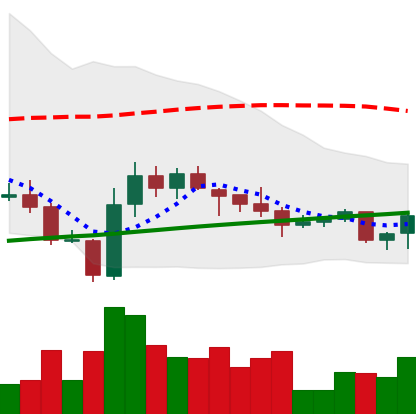
Ticker: LINK-USD
Chart end date: 2020-10-08
Forward return: 15.634%
Label: up_7plus